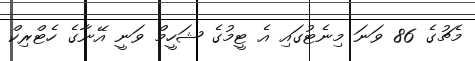
މެޗުގެ 86 ވަނަ މިނެޓުގައި އެ ޓީމުގެ ޝަހީމް ވަނީ އޭނާގެ ހެޓްރިކް